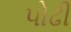
પોઢી